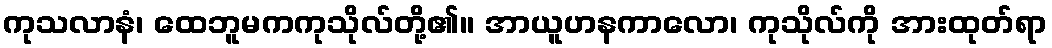
ကုသလာနံ၊ ထေဘူမကကုသိုလ်တို့၏။ အာယူဟနကာလော၊ ကုသိုလ်ကို အားထုတ်ရာ